Sleeping sickness
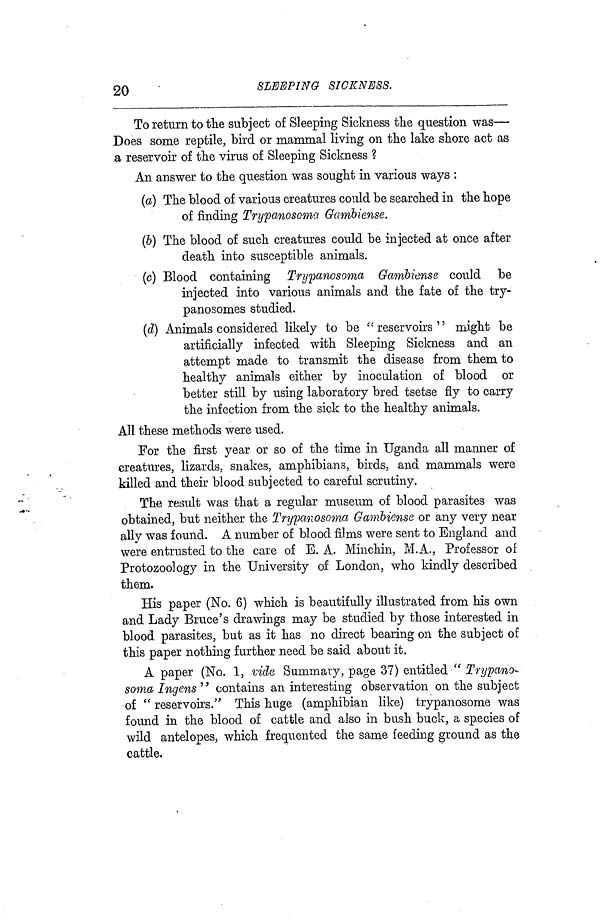
20
SLEEPING SICKNESS.
To return to the subject of Sleeping Sickness the question was—
Does some reptile, bird or mammal living on the lake shore act as
a reservoir of the virus of Sleeping Sickness ?
An answer to the question was sought in various ways :
(a) The blood of various creatures could be searched in the hope
of finding Trypanosoma Gambiense.
(b) The blood of such creatures could be injected at once after
death into susceptible animals.
(c) Blood containing Trypanosoma Gambiense could be
injected into various animals and the fate of the try-
panosomes studied.
(d) Animals considered likely to be "reservoirs" might be
artificially infected with Sleeping Sickness and an
attempt made to transmit the disease from them to
healthy animals either by inoculation of blood or
better still by using laboratory bred tsetse fly to carry
the infection from the sick to the healthy animals.
All these methods were used.
For the first year or so of the time in Uganda all manner of
creatures, lizards, snakes, amphibians, birds, and mammals were
killed and their blood subjected to careful scrutiny.
The result was that a regular museum of blood parasites was
obtained, but neither the Trypanosoma Gambiense or any very near
ally was found. A number of blood films were sent to England and
were entrusted to the care of E. A. Minchin, M.A., Professor of
Protozoology in the University of London, who kindly described
them.
His paper (No. 6) which is beautifully illustrated from his own
and Lady Brace's drawings may be studied by those interested in
blood parasites, but as it has no direct bearing on the subject of
this paper nothing further need be said about it.
A paper (No. 1, vide Summary, page 37) entitled " Trypano-
soma Ingens " contains an interesting observation on the subject
of " reservoirs." This huge (amphibian like) trypanosome was
found in the blood of cattle and also in bush buck, a species of
wild antelopes, which frequented the same feeding ground as the
cattle.